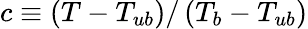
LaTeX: c\equiv\left(T-T_{ub}\right)/\left(T_{b}-T_{ub}\right)